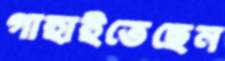
গাহাইতেছেন